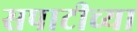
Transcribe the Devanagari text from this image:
सपाटीच्या